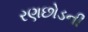
રણછોડની